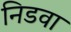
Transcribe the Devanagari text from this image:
निडवा